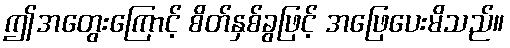
ဤအတွေးကြောင့် စိတ်နှစ်ခွဖြင့် အဖြေပေးမိသည်။